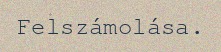
Felszámolása.